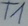
Text: T1